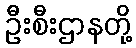
ဦးစီးဌာနတို့